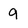
Character: 9